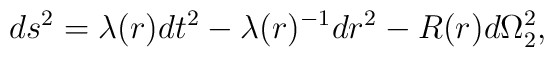
ds^2 = \lambda(r)dt^2 - \lambda(r)^{-1}dr^2 - R(r)d\Omega_2^2,